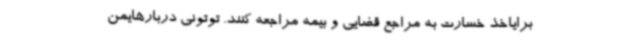
برایاخذ خسارت به مراجع قضایی و بیمه مراجعه کنند. توتونی دربارهایمن